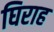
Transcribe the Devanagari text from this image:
घिराह